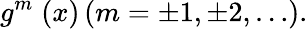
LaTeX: g^{m}\; (x)\left(m=\pm 1,\pm 2,\ldots\right).